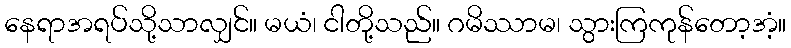
နေရာအရပ်သို့သာလျှင်။ မယံ၊ ငါတို့သည်။ ဂမိဿာမ၊ သွားကြကုန်တော့အံ့။